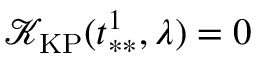
\mathcal { K } _ { \mathrm { K P } } ( t _ { * * } ^ { 1 } , \lambda ) = 0